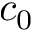
c _ { 0 }